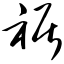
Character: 裾